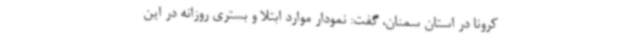
کرونا در استان سمنان، گفت: نمودار موارد ابتلا و بستری روزانه در این